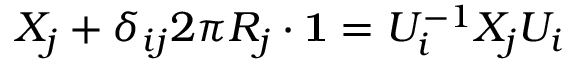
X _ { j } + \delta _ { i j } 2 \pi R _ { j } \cdot { \bf 1 } = U _ { i } ^ { - 1 } X _ { j } U _ { i }